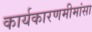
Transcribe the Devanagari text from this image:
कार्यकारणमीमांसा